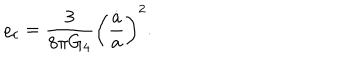
LaTeX: \varrho _ { c } = { \frac { 3 } { 8 \pi G _ { 4 } } } \left( { \frac { \dot { a } } { a } } \right) ^ { 2 } .